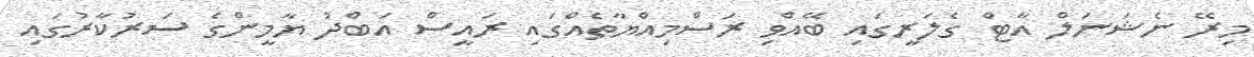
މިރޭ ނެޝަނަލް އާޓް ގެލަރީގައި ބޭއްވި ރަސްމިއްޔާތެއްގައި ރައީސް އަބްދު ޔާމީންގެ ސަރުކާރުގައި